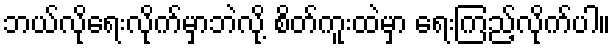
ဘယ်လိုရေးလိုက်မှာဘဲလို့ စိတ်ကူးထဲမှာ ရေးကြည့်လိုက်ပါ။